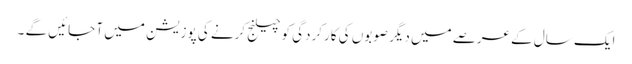
ایک سال کے عرصے میں دیگر صوبوں کی کارکردگی کو چیلنج کرنے کی پوزیشن میں آ جائیں گے ۔